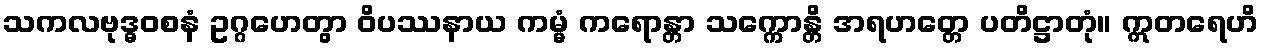
သကလဗုဒ္ဓဝစနံ ဥဂ္ဂဟေတွာ ဝိပဿနာယ ကမ္မံ ကရောန္တာ သက္ကောန္တိ အရဟတ္တေ ပတိဋ္ဌာတုံ။ ဣတရေဟိ